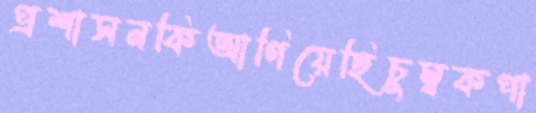
প্রশাসনকিআগিয়েছিচুম্বকপা